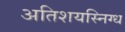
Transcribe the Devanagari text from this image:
अतिशयस्निग्ध